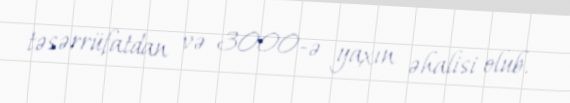
təsərrüfatdan və 3000-ə yaxın əhalisi olub.